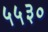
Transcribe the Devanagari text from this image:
५५३०